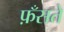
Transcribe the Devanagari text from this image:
फ़ँसते